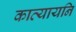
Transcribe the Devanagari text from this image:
कात्यायनि